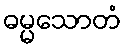
ဓမ္မသောတံ